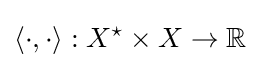
\langle \cdot ,\cdot \rangle :X^{\star }\times X\to \mathbb {R}